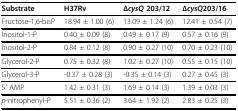
<table><thead><tr><td><b>Substrate</b></td><td><b>H37Rv</b></td><td><b>Δ<i>cysQ </i>203/12</b></td><td><b>Δ<i>cysQ</i>203/16</b></td></tr></thead><tbody><tr><td>Fructose-1,6-bisP</td><td>18.94 ± 1.00 (6)</td><td>13.09 ± 1.24 (6)</td><td>12.41 ± 0.54 (7)</td></tr><tr><td>Inositol-1-P</td><td>0.40 ± 0.09 (8)</td><td>0.49 ± 0.17 (9)</td><td>0.57 ± 0.16 (9)</td></tr><tr><td>Inositol-2-P</td><td>0.84 ± 0.12 (8)</td><td>0.90 ± 0.27 (10)</td><td>0.70 ± 0.23 (10)</td></tr><tr><td>Glycerol-2-P</td><td>0.75 ± 0.32 (8)</td><td>1.02 ± 0.27 (10)</td><td>0.55 ± 0.15 (10)</td></tr><tr><td>Glycerol-3-P</td><td>-0.37 ± 0.28 (3)</td><td>-0.35 ± 0.14 (3)</td><td>0.27 ± 0.45 (3)</td></tr><tr><td>5' AMP</td><td>1.42 ± 0.31 (3)</td><td>1.69 ± 0.14 (3)</td><td>1.39 ± 0.03 (3)</td></tr><tr><td><i>p</i>-nitrophenyl-P</td><td>5.51 ± 0.36 (2)</td><td>3.64 ± 1.92 (2)</td><td>2.83 ± 0.25 (3)</td></tr></tbody></table>